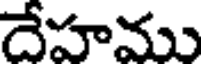
దేహము